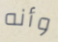
وأنه